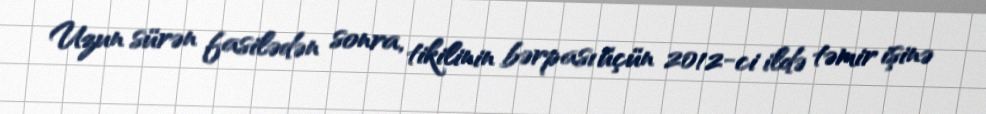
Uzun sürən fasilədən sonra, tikilinin bərpası üçün 2012-ci ildə təmir işinə